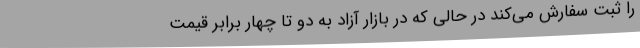
را ثبت سفارش می‌کند در حالی که در بازار آزاد به دو تا چهار برابر قیمت